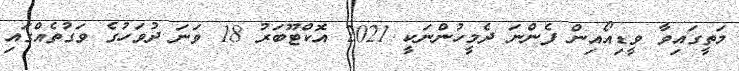
މަތީގައިވާ ވީޑިއޯއިން ފެންނަ ދެމީހުންނަކީ 2021 އޮކްޓޫބަރު 18 ވަނަ ދުވަހުގެ ވަގުތެއްގައި